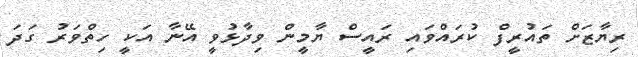
ރިޔާޒަށް ތައުރީފް ކުރައްވައި ރައީސް ޔާމީން ވިދާޅުވީ އޭނާ އަކީ ހިތްވަރު ގަދަ